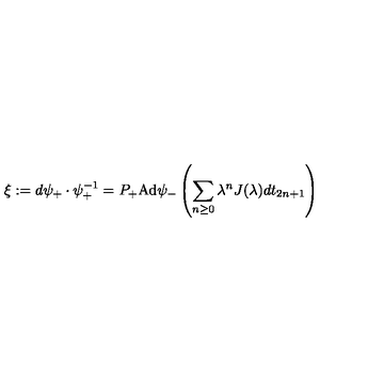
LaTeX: \xi : = d \psi _ { + } \cdot \psi _ { + } ^ { - 1 } = P _ { + } \mathrm { A d } \psi _ { - } \left( \sum _ { n \geq 0 } \lambda ^ { n } J ( \lambda ) d t _ { 2 n + 1 } \right)